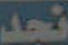
نجد